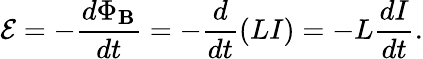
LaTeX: {\mathcal{E}}=-{\frac{d\Phi_{\mathbf{B}}}{dt}}=-{\frac{d}{dt}}(LI)=-L{\frac{dI}{dt}}.